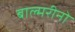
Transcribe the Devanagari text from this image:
बाल्मरीनो